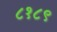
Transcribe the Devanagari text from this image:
८१८९